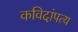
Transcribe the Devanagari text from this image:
कविदांपत्य